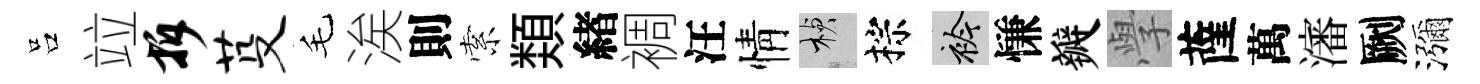
吕竝拆芟毛涘則索𩔖緖裯汪情楨棕衿慊瓣𭓕薩萬瀋劂瀰